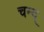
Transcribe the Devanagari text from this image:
चन्द्